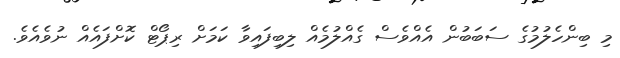
މި ބިންހެލުމުގެ ސަބަބުން އެއްވެސް ގެއްލުމެއް ލިބިފައިވާ ކަމަށް ރިޕޯޓް ކޮށްފައެއް ނުވެއެވެ.